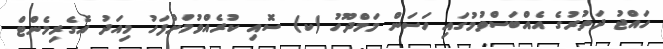
ހައްޖު ދަތުރުގެ އެއްބަސްވުމުގައި ހަސަން މަމްދޫހު (ކ) ސޮއި ކުރެއްވުމަށްފަހު މިއަދު އެގެރިމެންޓް